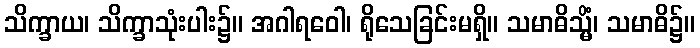
သိက္ခာယ၊ သိက္ခာသုံးပါး၌။ အဂါရဝေါ၊ ရိုသေခြင်းမရှိ။ သမာဓိသ္မိံ၊ သမာဓိ၌။